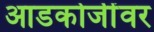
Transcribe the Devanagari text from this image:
आडकोजींवर